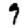
Digit: 9